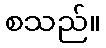
စသည်။